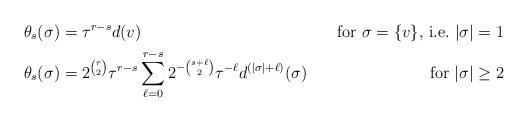
LaTeX: \begin{align*}\theta_s(\sigma)&=\tau^{r-s}d(v)&\mbox{for $\sigma=\{v\}$, i.e.\ $|\sigma|=1$}\\\theta_s(\sigma)&= 2^{r\choose2}\tau^{r-s}\sum_{\ell=0}^{r-s} 2^{-{s+\ell\choose2}}\tau^{-\ell}d^{(|\sigma|+\ell)}(\sigma)&\mbox{for $|\sigma|\ge 2$}\\\end{align*}